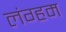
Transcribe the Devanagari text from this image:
लंग्हम